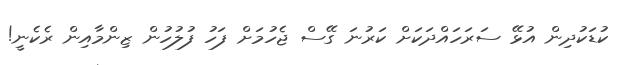
ކުޑަކުދިން އުޅޭ ސަރަހައްދަކަށް ކަރުނަ ގޭސް ޖެހުމަށް ފަހު ފުލުހުން ޒިންމާއިން ރެކެނީ!